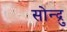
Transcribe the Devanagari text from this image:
सोन्द्रु